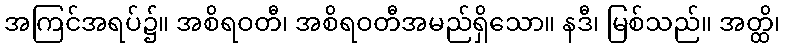
အကြင်အရပ်၌။ အစိရဝတီ၊ အစိရဝတီအမည်ရှိသော။ နဒီ၊ မြစ်သည်။ အတ္ထိ၊